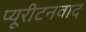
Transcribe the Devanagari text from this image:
प्यूरीटनवाद